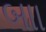
બાા